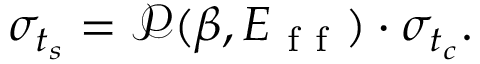
\sigma _ { t _ { s } } = \mathscr { P } ( \beta , E _ { \mathrm { ~ f ~ f ~ } } ) \cdot \sigma _ { t _ { c } } .